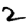
Digit: 2